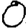
Digit: 0